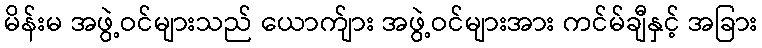
မိန်းမ အဖွဲ့ဝင်များသည် ယောက်ျား အဖွဲ့ဝင်များအား ကင်မ်ချီနှင့် အခြား